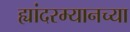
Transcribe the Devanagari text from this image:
ह्यांदरम्यानच्या